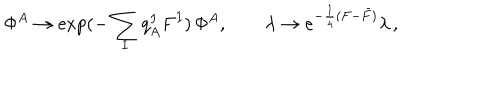
\Phi ^ { A } \to \exp ( - \sum _ { I } q _ { A } ^ { I } F ^ { I } ) \, \Phi ^ { A } , ~ ~ \lambda \rightarrow e ^ { - \frac { 1 } { 4 } ( F - \bar { F } ) } \lambda \, ,